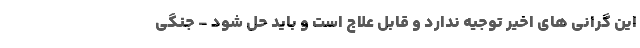
این گرانی های اخیر توجیه ندارد و قابل علاج است و باید حل شود - جنگی